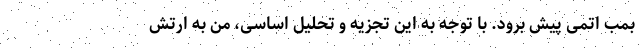
بمب اتمی پیش برود. با توجه به این تجزیه و تحلیل اساسی، من به ارتش